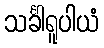
သင်္ခါရူပါယံ